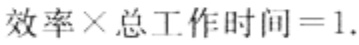
效率\times 总工作时间 = 1.